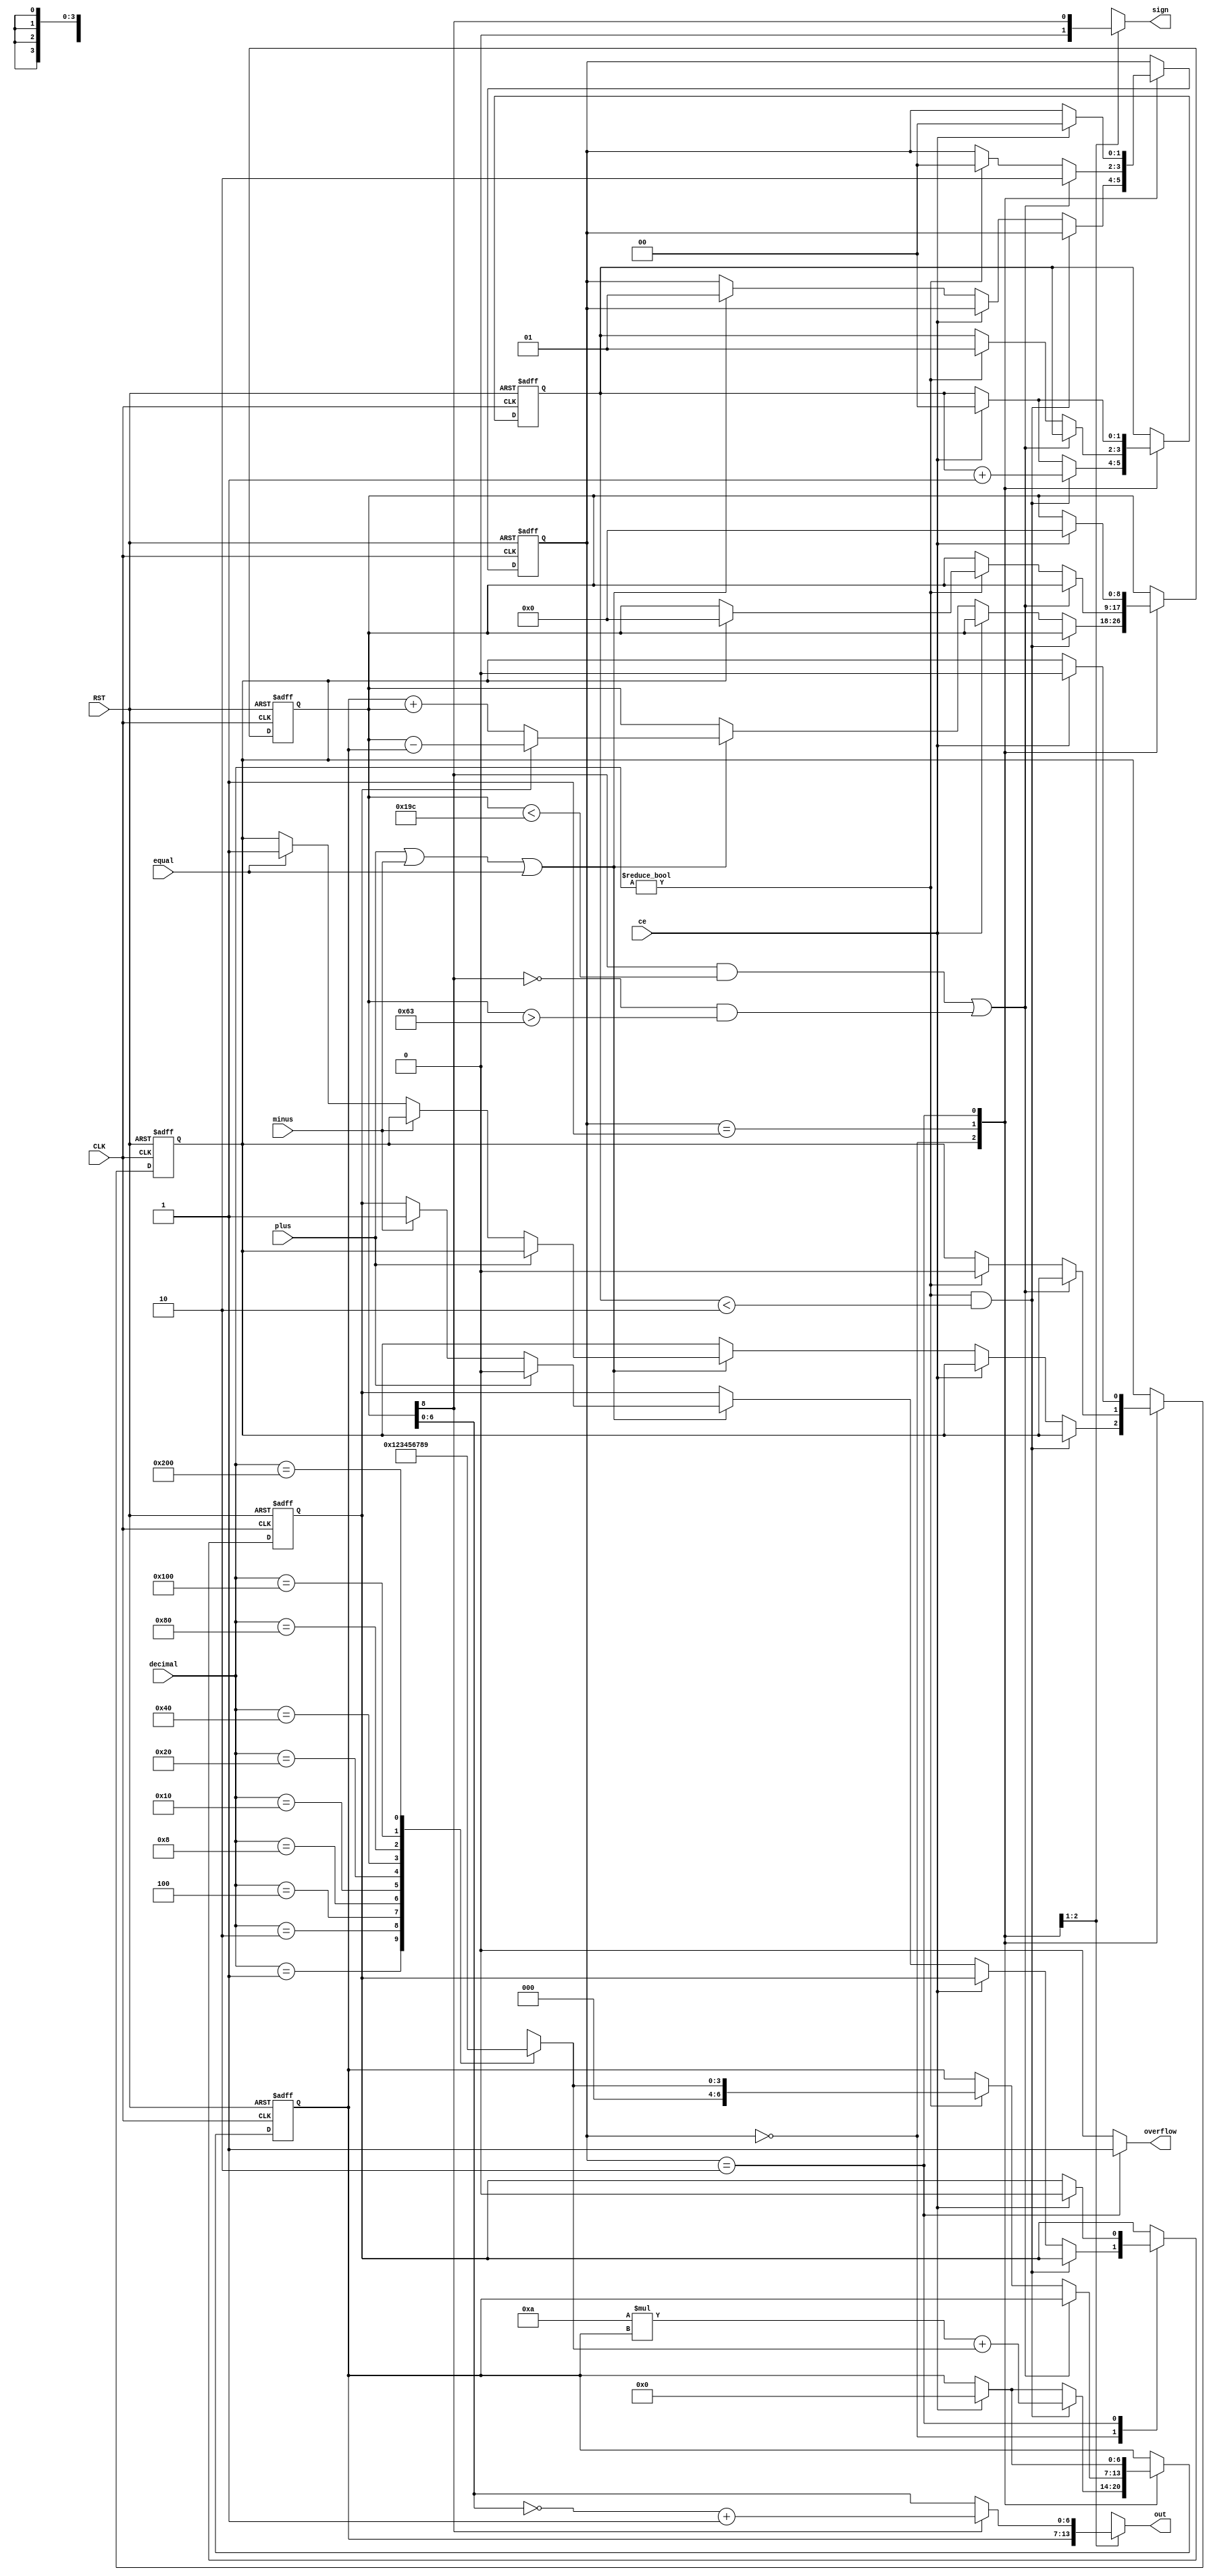
`define DECIMAL 0
`define OPE 1
`define HALT 2

module calc(decimal, plus, minus, equal, ce, out, sign, overflow, CLK, RST);
    input [9:0]decimal;
    input plus;
    input minus;
    input equal;
    input ce;
    output [6:0] out;
    output sign;
    output overflow;
    input CLK;
    input RST;

    reg [6:0]REGA;
    reg [8:0]REGB;
    reg [1:0]state;
    reg [1:0]count;
    reg add_or_sub;
    reg equal_l;

    wire [3:0]d;

    assign d = dectobin(decimal);
    function [3:0]dectobin;
        input [9:0]in;
        case(in)
            10'b0000000001: dectobin = 0;
            10'b0000000010: dectobin = 1;
            10'b0000000100: dectobin = 2;
            10'b0000001000: dectobin = 3;
            10'b0000010000: dectobin = 4;
            10'b0000100000: dectobin = 5;
            10'b0001000000: dectobin = 6;
            10'b0010000000: dectobin = 7;
            10'b0100000000: dectobin = 8;
            10'b1000000000: dectobin = 9;
        endcase
    endfunction

    assign out = out_func(state, REGA, REGB);
    function [6:0]out_func;
        input [1:0]s;
        input [6:0]a;
        input [8:0]b;
        case(s)
            `DECIMAL: out_func = a;
            `OPE: out_func = (b[8])?(~b+1):b;
        endcase
    endfunction

    assign sign = sign_func(state, REGB[8]);
    function sign_func;
        input [1:0]s;
        input b;
        case(s)
            `DECIMAL: sign_func = 0;
            `OPE: sign_func = b;
        endcase
    endfunction

    assign overflow = (state == `HALT)?1:0;

    always @(posedge CLK or negedge RST)begin
        if(!RST)begin
            REGA <= 0;
            REGB <= 0;
            state <= `DECIMAL;
            count <= 0;
            add_or_sub <= 0;
            equal_l <= 0;
        end else begin
            case(state)
                `DECIMAL: begin
                    if((decimal != 0) && (count < 2)) begin
                        REGA <= 10 * REGA + d;
                        count <= count + 1;
                    end else if(ce)begin
                        REGA <= 0;
                        count <= 0;
                    end else if(plus || minus || equal)begin
                        if(!add_or_sub)begin
                            REGB <= REGA + REGB;
                        end else begin
                            REGB <= REGB - REGA;
                        end
                        if(plus)begin
                            add_or_sub <= 0;
                        end else if(minus)begin
                            add_or_sub <= 1;
                        end else if(equal)begin
                            equal_l <= 1;
                        end
                        state <= `OPE;
                    end
                end

                `OPE: begin
                    if(((REGB[8] == 1) && (REGB < 412)) || ((REGB[8] == 0) && (REGB > 99)))begin
                        state <= `HALT;
                    end else if(decimal)begin
                        REGA <= d;
                        count <= 1;
                        state <= `DECIMAL;
                        if(equal_l)begin
                            REGB <= 0;
                            equal_l <= 0;
                        end
                    end
                end

                `HALT: begin
                    if(ce)begin
                        REGA <= 0;
                        REGB <= 0;
                        state <= `DECIMAL;
                        count <= 0;
                        add_or_sub <= 0;
                        equal_l <= 0;
                    end
                end
            endcase
        end
    end
endmodule